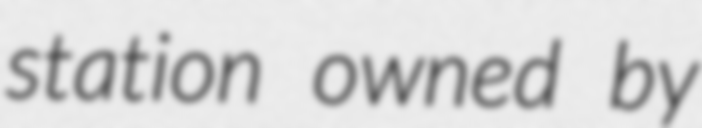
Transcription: station owned by